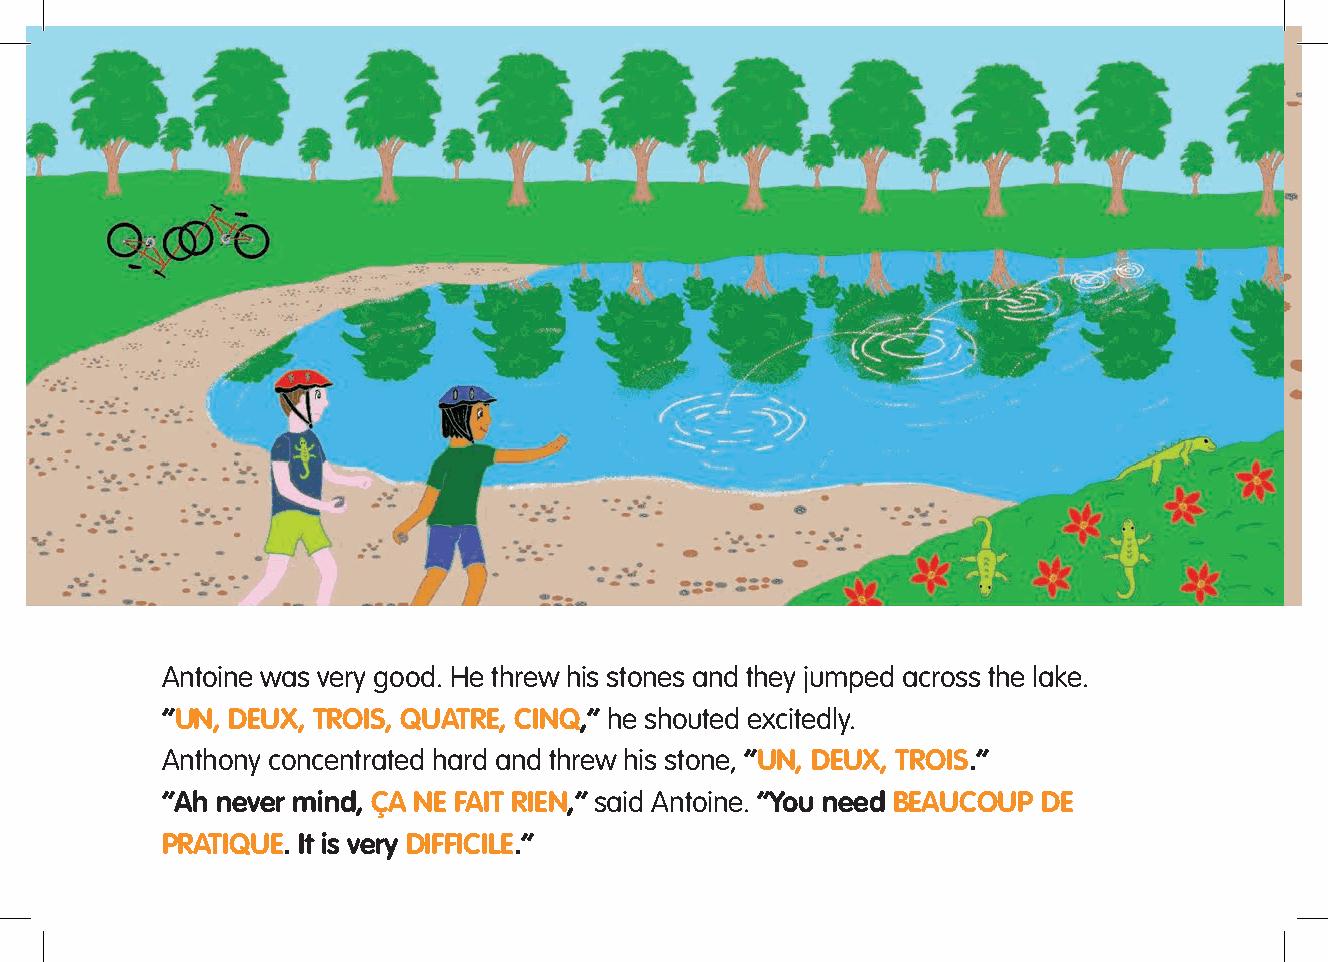
Antoine was very good. He threw his stones and they jumped across the lake.
 “UN, DEUX, TROIS, QUATRE, CINQ,” he shouted excitedly.
 Anthony concentrated hard and threw his stone, “UN, DEUX, TROIS.”
 “Ah never mind, ÇA NE FAIT RIEN,” said Antoine. “You need BEAUCOUP DE
 PRATIQUE. It is very DIFFICILE.”